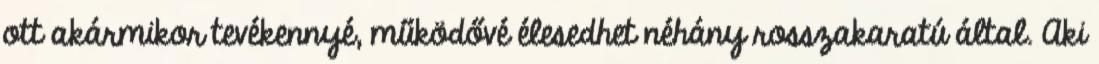
ott akármikor tevékennyé, működővé élesedhet néhány rosszakaratú által. Aki